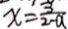
x = \frac { 3 } { 2 - a }